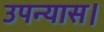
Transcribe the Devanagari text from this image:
उपन्‍यास।